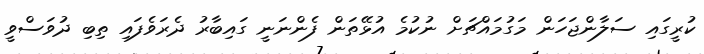
ކުރީގައި ސަލާންޖަހަން މަގުމައްޗަށް ނުކުމެ އުޅޭތަން ފެންނަނީ ގައިބާރު ދެރަވެފައި ތިބި ދުވަސްވީ